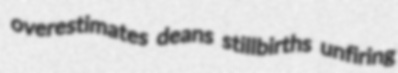
overestimates deans stillbirths unfiring